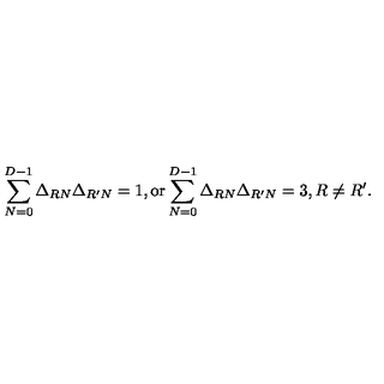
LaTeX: \sum _ { N = 0 } ^ { D - 1 } \Delta _ { R N } \Delta _ { R ^ { \prime } N } = 1 , \mathrm { o r } \sum _ { N = 0 } ^ { D - 1 } \Delta _ { R N } \Delta _ { R ^ { \prime } N } = 3 , R \not = R ^ { \prime } .